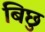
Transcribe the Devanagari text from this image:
बिछु